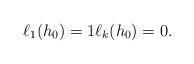
LaTeX: \begin{align*} \ell_{1}(h_{0}) = 1 \ell_k(h_{0}) = 0 . \end{align*}